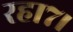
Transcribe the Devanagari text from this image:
रहा७।